Eesti_Ajutise_Maavalitsuse_haridusosakond, lk 39
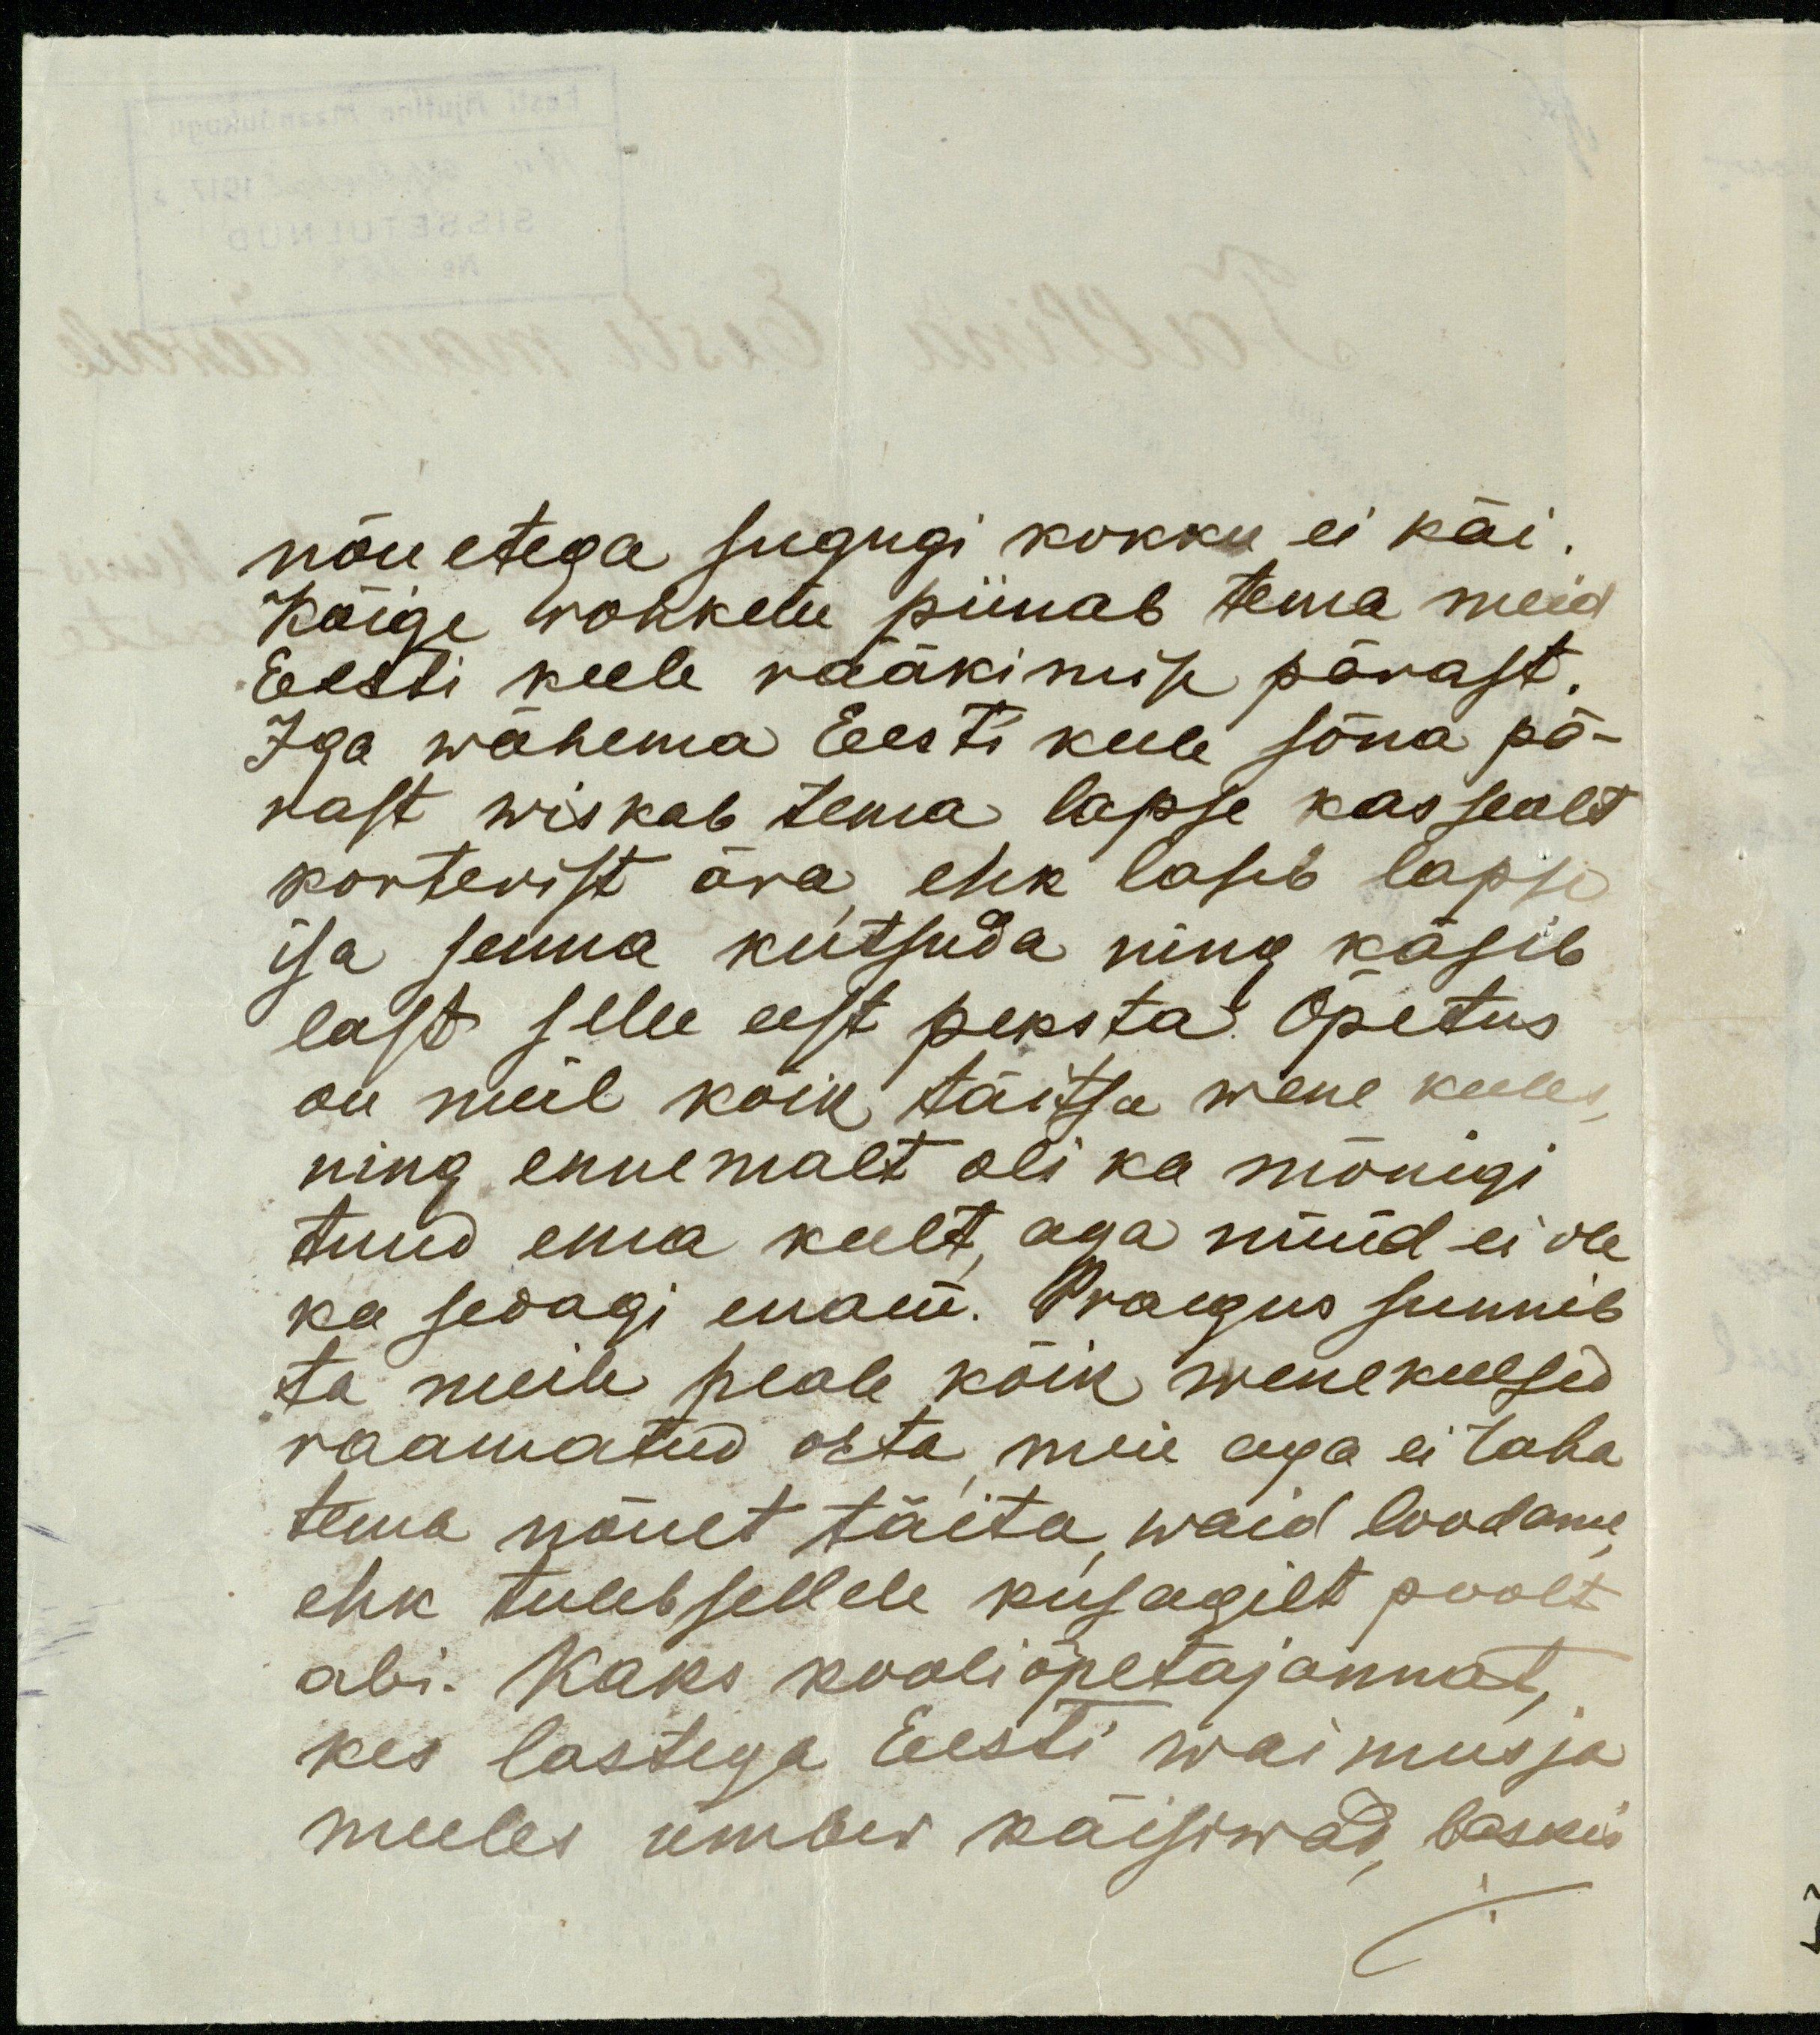
nõuetega sugugi kokku ei käi.
Kõige rohkem piinab tema meid
Eesti keele rääkimise pärast.
Iga wähema Eesti keele sõna pä-
rast wiskab tema lapse kas sealt
korterist ära ehk laseb lapse
isa senna kutsuda ning käsib
last selle eest peksta. Õpetus
on meil kõik täitsa wene keeles,
ning ennemalt oli ka mõnigi
tund ema keelt, aga nüüd ei ole
ka sedagi enam. Praegus sunnib
ta meile peale kõik wenekeelsed
raamatud osta meie aga ei taha
tema nõuet täita, waid loodame,
ehk tulleb sellele kusagilt poolt
abi. Kaks kooliõpetajannat,
kes lastega Eesti waimus ja
meeles ümber käisiwad, laskis